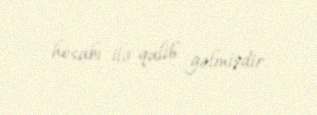
hesabı ilə qalib gəlmişdir.